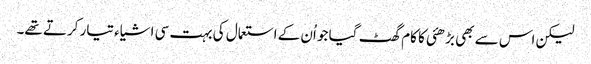
لیکن اس سے بھی بڑھئی کا کام گھٹ گیا جو اُن کے استعمال کی بہت سی اشیاء تیار کرتے تھے۔